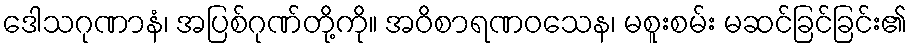
ဒေါသဂုဏာနံ၊ အပြစ်ဂုဏ်တို့ကို။ အဝိစာရဏဝသေန၊ မစူးစမ်း မဆင်ခြင်ခြင်း၏